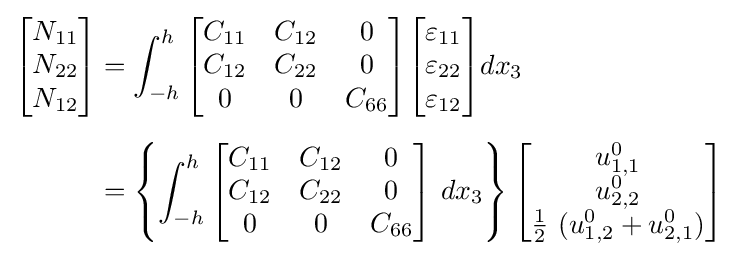
{\begin{aligned}{\begin{bmatrix}N_{11}\\N_{22}\\N_{12}\end{bmatrix}}&=\int _{-h}^{h}{\begin{bmatrix}C_{11}&C_{12}&0\\C_{12}&C_{22}&0\\0&0&C_{66}\end{bmatrix}}{\begin{bmatrix}\varepsilon _{11}\\\varepsilon _{22}\\\varepsilon _{12}\end{bmatrix}}dx_{3}\\[5pt]&=\left\{\int _{-h}^{h}{\begin{bmatrix}C_{11}&C_{12}&0\\C_{12}&C_{22}&0\\0&0&C_{66}\end{bmatrix}}~dx_{3}\right\}{\begin{bmatrix}u_{1,1}^{0}\\u_{2,2}^{0}\\{\frac {1}{2}}~(u_{1,2}^{0}+u_{2,1}^{0})\end{bmatrix}}\end{aligned}}